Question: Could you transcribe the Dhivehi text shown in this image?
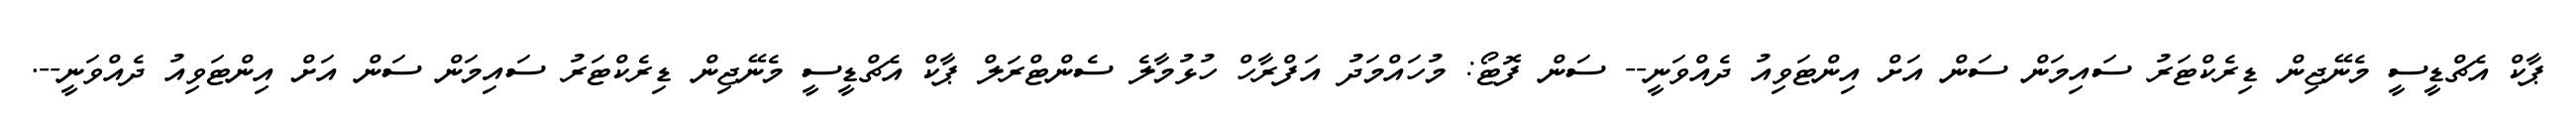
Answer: ޕާކް އެޗްޑީސީ މެނޭޖިން ޑިރެކްޓަރު ސައިމަން ސަން އަށް އިންޓަވިއު ދެއްވަނީ-- ސަން ފޮޓޯ: މުހައްމަދު އަފްރާހް ހުޅުމާލެ ސެންޓްރަލް ޕާކް އެޗްޑީސީ މެނޭޖިން ޑިރެކްޓަރު ސައިމަން ސަން އަށް އިންޓަވިއު ދެއްވަނީ--.